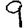
Digit: 9